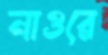
নাওরে